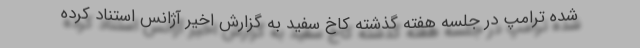
شده ترامپ در جلسه هفته گذشته کاخ سفید به گزارش اخیر آژانس استناد کرده